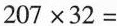
$$2 0 7 \times 3 2 =$$